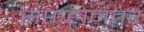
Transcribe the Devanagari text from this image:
सप्ताहानंतर